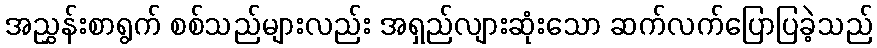
အညွှန်းစာရွက် စစ်သည်များလည်း အရှည်လျားဆုံးသော ဆက်လက်ပြောပြခဲ့သည်